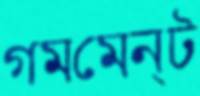
গমমেন্ট